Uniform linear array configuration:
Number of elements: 32
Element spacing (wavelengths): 1
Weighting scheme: uniform
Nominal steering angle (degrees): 0
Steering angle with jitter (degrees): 0.6911
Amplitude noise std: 0.05
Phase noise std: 0.05

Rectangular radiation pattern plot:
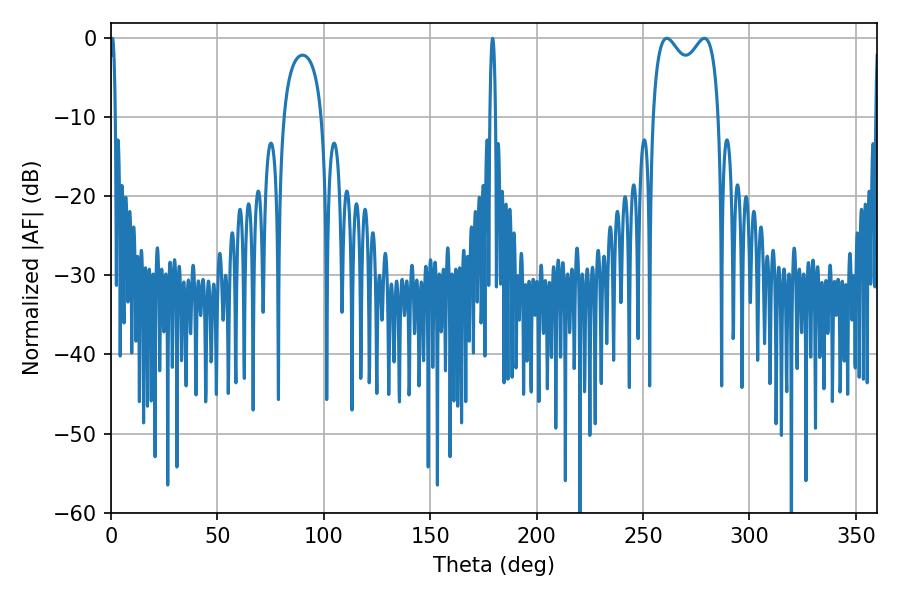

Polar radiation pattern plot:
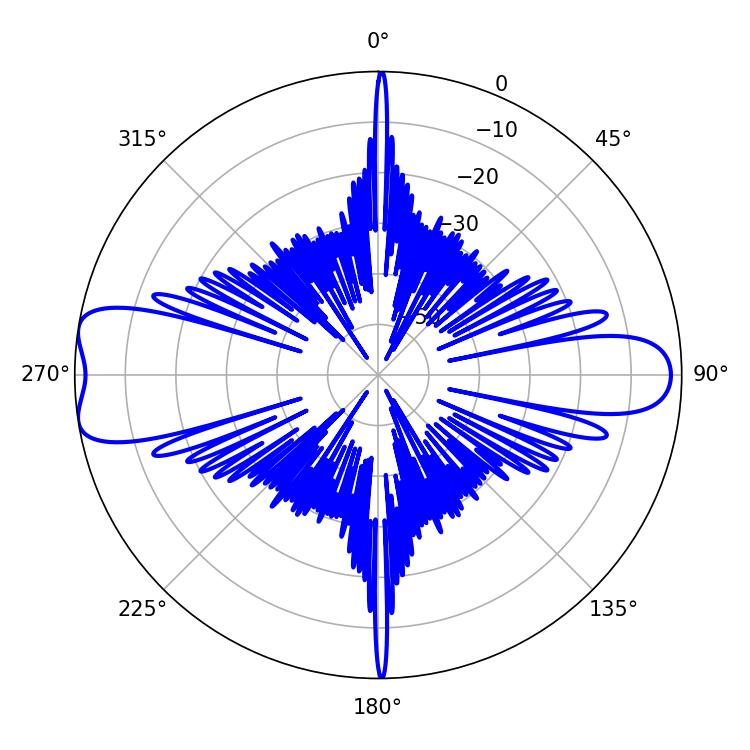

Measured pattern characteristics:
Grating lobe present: TRUE
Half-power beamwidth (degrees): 25.92
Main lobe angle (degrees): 261.18